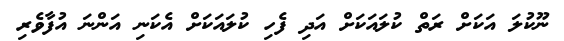
ނޫކުލަ އަކަށް ރަތް ކުލައަކަށް އަދި ފެހި ކުލައަކަށް އެކަނި އަންނަ އުފާވެރި